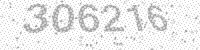
Solution: 306216